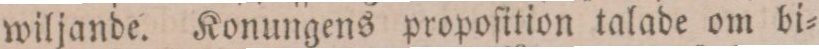
wiljande. Konungens propoſition talade om bi=